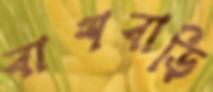
বাশবাড়ি